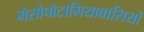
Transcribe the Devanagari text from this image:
मेसोपोटामियावासियों